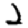
Digit: 2